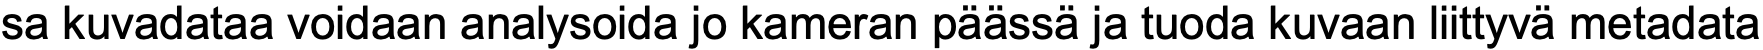
sa kuvadataa voidaan analysoida jo kameran päässä ja tuoda kuvaan liittyvä metadata